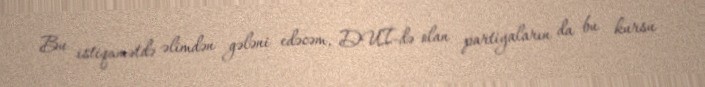
Bu istiqamətdə əlimdən gələni edəcəm, DUİ-də olan partiyaların da bu kursu